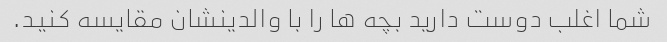
شما اغلب دوست دارید بچه ها را با والدینشان مقایسه کنید.